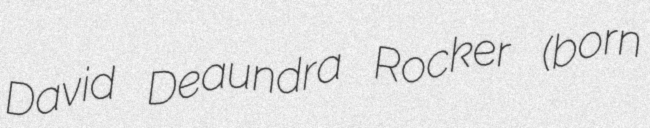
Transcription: David Deaundra Rocker (born